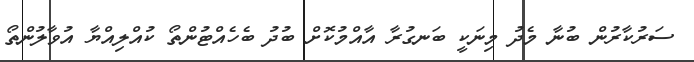
ސަރުކާރުން ބުނާ މެދު މިނަކީ ބަނގުރާ އާއްމުކޮށް ބުދު ބެހެއްޓުންތޯ ކުއްލިއްޔާ އުވާލުންތޯ